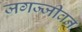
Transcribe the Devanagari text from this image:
जगज्जीवन